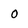
Character: O